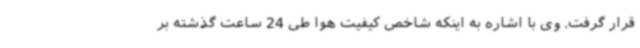
قرار گرفت. وی با اشاره به اینکه شاخص کیفیت هوا طی 24 ساعت گذشته بر